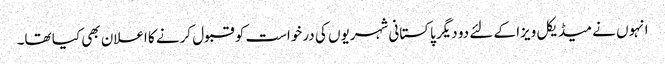
انہوں نے میڈیکل ویزا کے لئے دو دیگر پاکستانی شہریوں کی درخواست کو قبول کرنے کا اعلان بھی کیا تھا۔